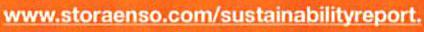
www.storaenso.com/sustainabilityreport.